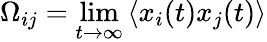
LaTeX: \Omega_{ij}=\operatorname*{lim}_{t\rightarrow\infty}\left\langle x_{i}(t)x_{j}(t)\right\rangle